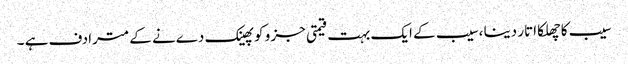
سیب کا چھلکا اتار دینا ،سیب کے ایک بہت قیمتی جز و کو پھینک دےنے کے مترادف ہے ۔